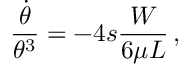
\frac { \dot { \theta } } { \theta ^ { 3 } } = - 4 s \frac { W } { 6 \mu L } \, ,